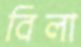
বিলা